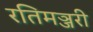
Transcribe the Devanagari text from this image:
रतिमञ्जरी